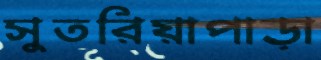
সুতরিয়াপাড়া